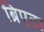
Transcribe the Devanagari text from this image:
ब्रिएटा